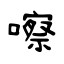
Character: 嚓